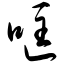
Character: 哐